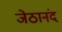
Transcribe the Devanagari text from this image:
जेठानंद